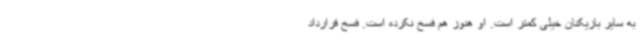
به سایر بازیکنان خیلی کمتر است. او هنوز هم فسخ نکرده است. فسخ قرارداد